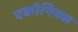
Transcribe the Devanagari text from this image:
एकोनिक्स